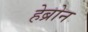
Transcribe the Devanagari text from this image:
हेब्रोन